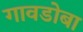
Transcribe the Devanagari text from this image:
गावडोबा